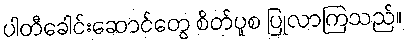
ပါတီခေါင်းဆောင်တွေ စိတ်ပူစ ပြုလာကြသည်။